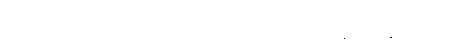
အဆိပ်အတောက် ဖြစ်စေတဲ့ အယူအဆတွေကို ချေဖျက်နိုင်ပါတယ်။